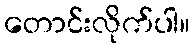
တောင်းလိုက်ပါ။